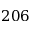
2 0 6